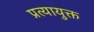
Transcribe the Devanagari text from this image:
प्रत्यायुक्त